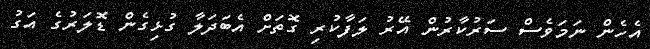
އެހެން ނަމަވެސް ސަރުކާރުން އޭރު ލަފާކުރި ގޮތަށް އެބަދަލާ ގުޅިގެން ޑޮލަރުގެ އަގު